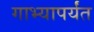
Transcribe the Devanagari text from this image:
गाभ्यापर्यंत